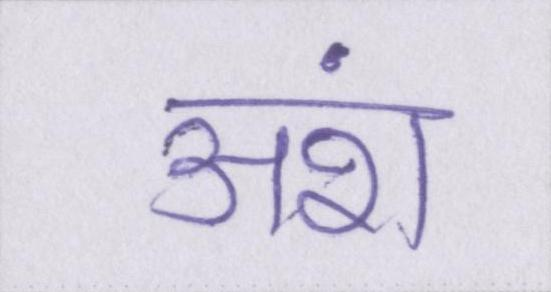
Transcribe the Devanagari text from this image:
अंश